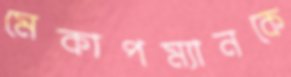
মেকাপম্যানকে